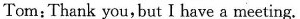
Tom:Thank you,but I have a meeting.